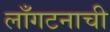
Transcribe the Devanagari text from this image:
लाँगटनाची